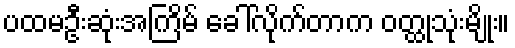
ပထမဦးဆုံးအကြိမ် ခေါ်လိုက်တာက ဝတ္ထုသုံးမျိုး။